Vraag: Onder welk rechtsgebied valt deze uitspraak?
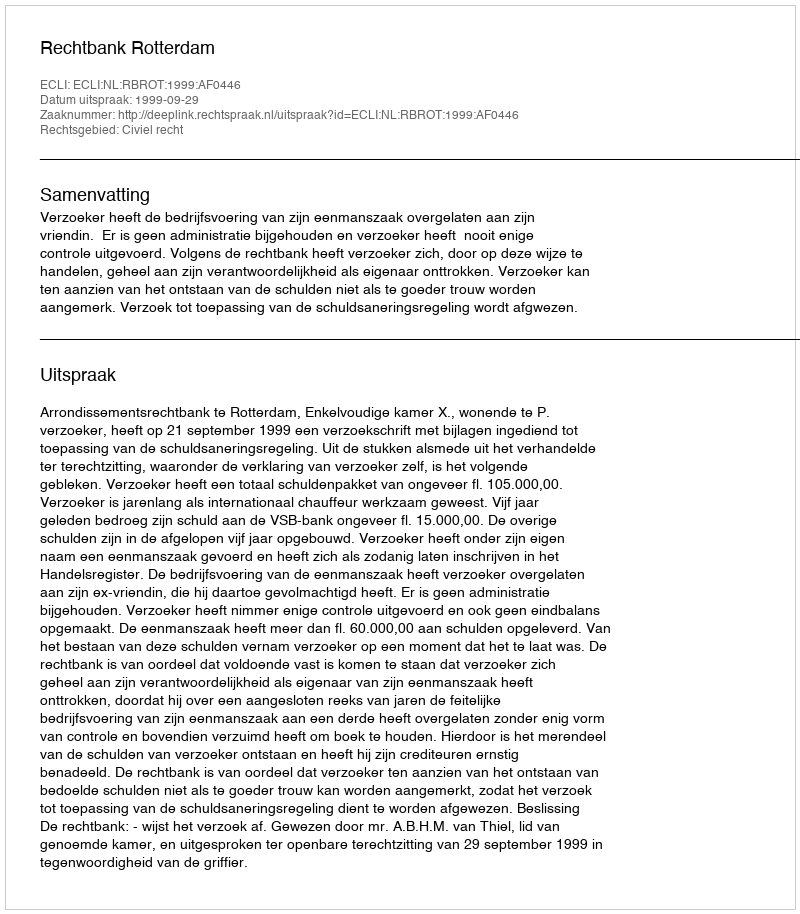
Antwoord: Civiel recht